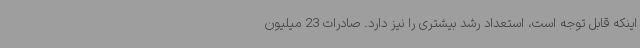
اینکه قابل توجه است، استعداد رشد بیشتری را نیز دارد. صادرات 23 میلیون